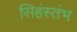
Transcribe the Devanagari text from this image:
सिहंस्तंभ